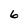
Character: 6